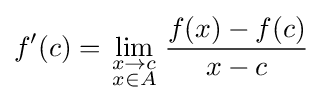
f'(c)=\lim _{\scriptstyle x\to c \atop \scriptstyle x\in A}{\frac {f(x)-f(c)}{x-c}}